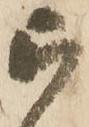
被